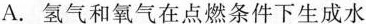
A.氢气和氧气在点燃条件下生成水